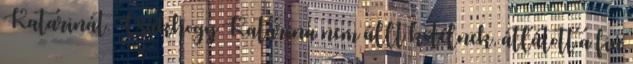
Katarinát. Csakhogy Katarina nem állt kötélnek, átlátott a fiú